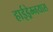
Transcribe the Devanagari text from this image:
हाईड्रेम्नयास